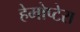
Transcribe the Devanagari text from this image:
हेमोप्टेरा